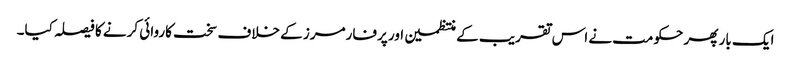
ایک بار پھر حکومت نے اس تقریب کے منتظمین اور پرفارمرز کے خلاف سخت کاروائی کرنے کا فیصلہ کیا۔